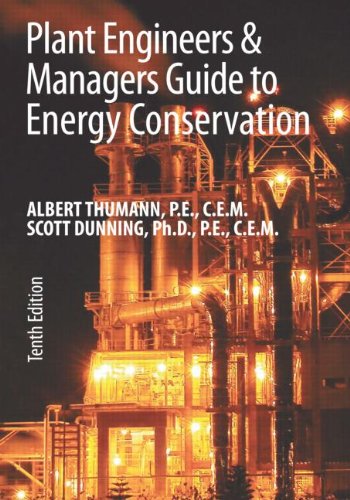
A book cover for Plant Engineers and Managers Guide to Energy Conservation, Tenth Edition; Albert Thumann; Business & Money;